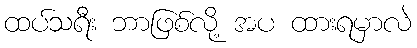
ထပ်သရီး ဘာဖြစ်လို့ အပ ထားရမှာလဲ